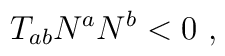
T_{ab}N^a N^b <0 \ ,